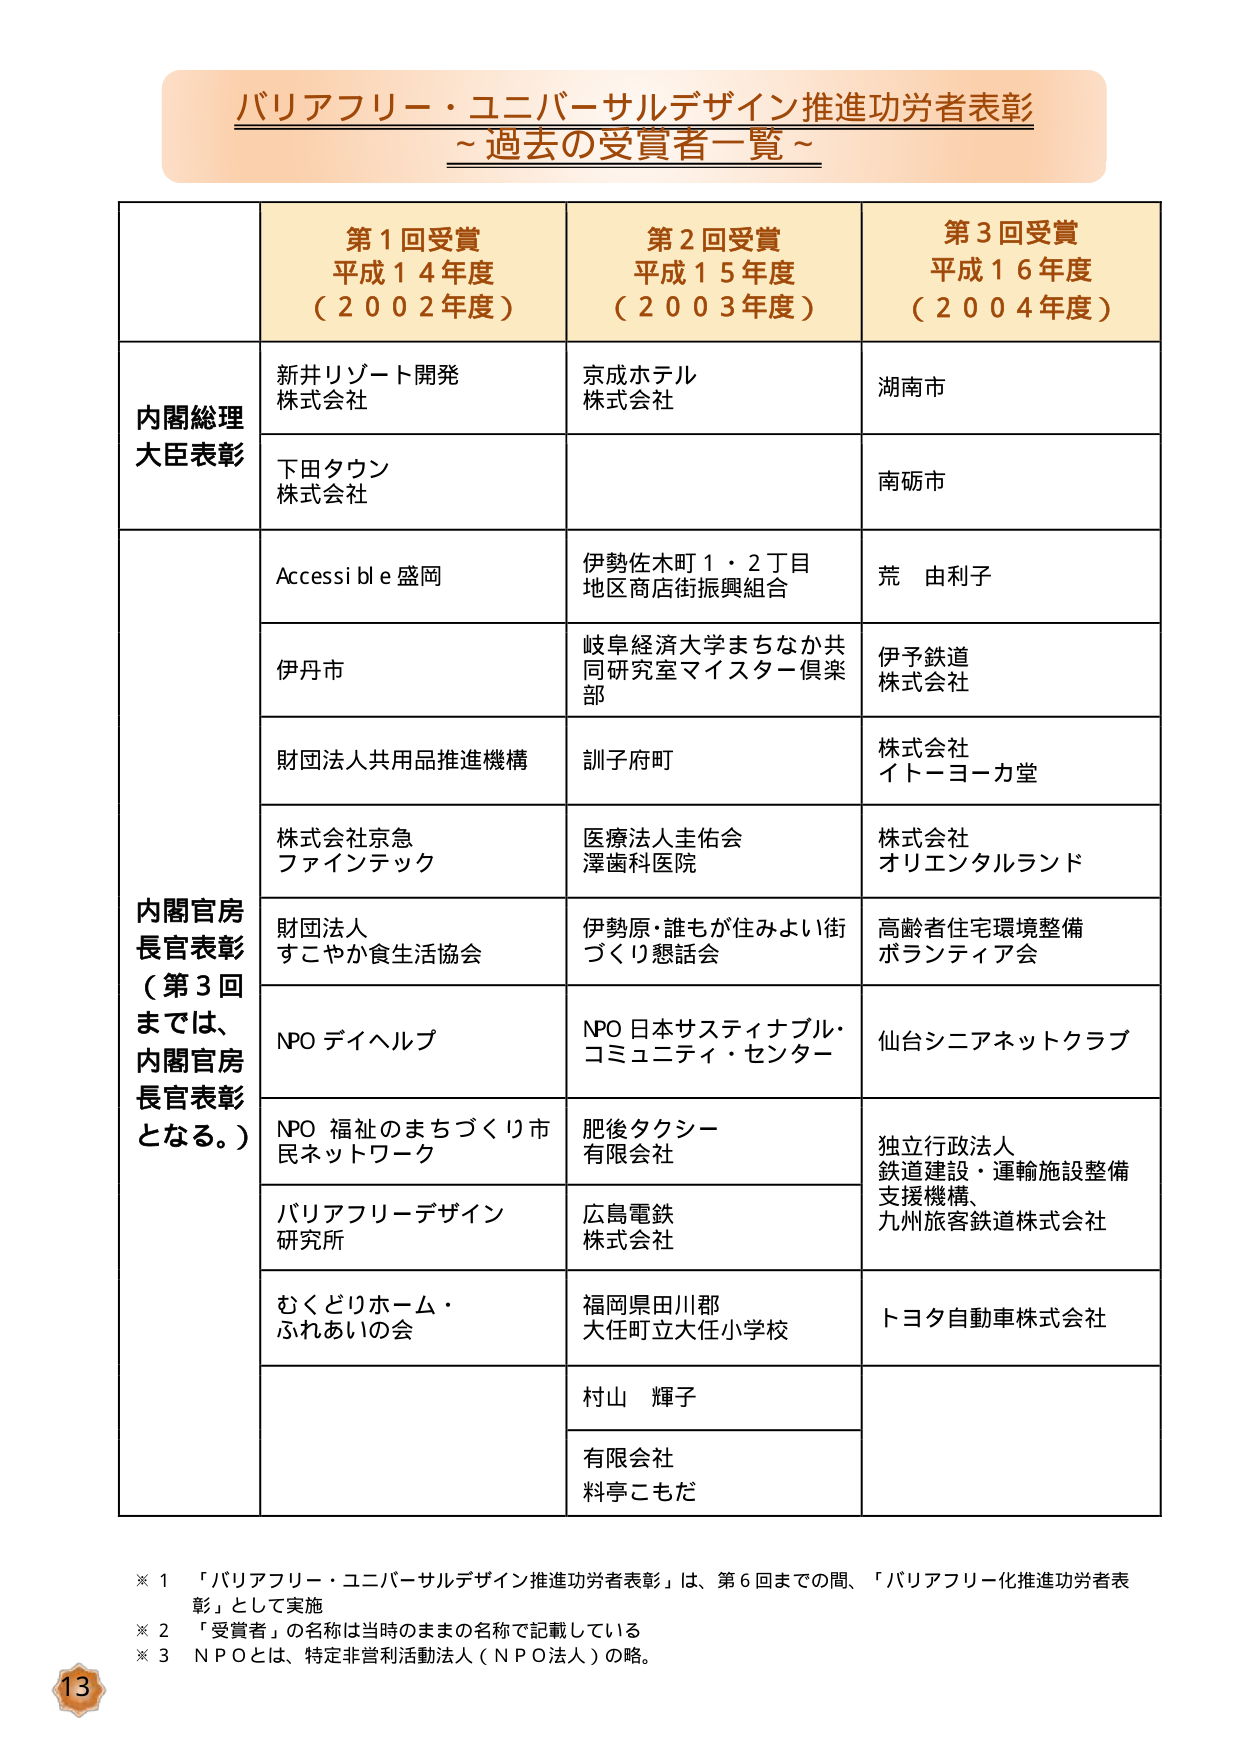
バリアフリー・ユニバーサルデザイン推進功労者表彰
～過去の受賞者一覧～

第１回受賞
平成１４年度
（２００２年度）

第２回受賞
平成１５年度
（２００３年度）

第３回受賞
平成１６年度
（２００４年度）

内閣総理大臣表彰
新井リゾート開発
株式会社
下田タウン
株式会社
京成ホテル
株式会社
湖南市
南砺市

内閣官房長官表彰
（第３回までは、
内閣官房長官表彰
となる。）
Accessi bl e盛岡
伊丹市
財団法人共用品推進機構
株式会社京急
ファインテック
財団法人
すこやか食生活協会
NPO デイヘルプ
NPO 福祉のまちづくり市民ネットワーク
バリアフリーデザイン
研究所
むくどりホーム・
ふれあいの会
伊勢佐木町１・２丁目
地区商店街振興組合
岐阜経済大学まちなか共同研究室マイスター倶楽部
訓子府町
医療法人圭佑会
澤歯科医院
伊勢原・誰もが住みよい街づくり懇話会
NPO 日本サスティナブル・コミュニティ・センター
肥後タクシー
有限会社
広島電鉄
株式会社
福岡県田川郡
大任町立大任小学校
村山 輝子
有限会社
料亭こもだ
荒 由利子
伊予鉄道
株式会社
株式会社
イトーヨーカ堂
株式会社
オリエンタルランド
高齢者住宅環境整備
ボランティア会
仙台シニアネットクラブ
独立行政法人
鉄道建設・運輸施設整備支援機構、
九州旅客鉄道株式会社
トヨタ自動車株式会社

※１ 「バリアフリー・ユニバーサルデザイン推進功労者表彰」は、第６回までの間、「バリアフリー化推進功労者表彰」として実施
※２ 「受賞者」の名称は当時のままの名称で記載している
※３ ＮＰＯとは、特定非営利活動法人（ＮＰＯ法人）の略。

13